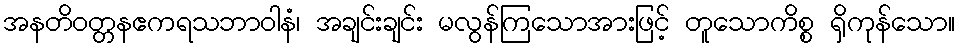
အနတိဝတ္တနဧကရသဘာဝါနံ၊ အချင်းချင်း မလွန်ကြသောအားဖြင့် တူသောကိစ္စ ရှိကုန်သော။